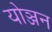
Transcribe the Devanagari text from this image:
योञ्जन